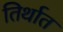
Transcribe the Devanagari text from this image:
तिर्थात